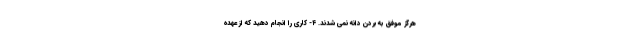
هرگز موفق به بردن دانه نمی شدند. ۴- کاری را انجام دهید که از عهده